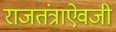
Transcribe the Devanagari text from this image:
राजतंत्राऐवजी